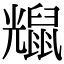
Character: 𪕗